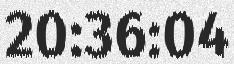
20:36:04